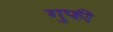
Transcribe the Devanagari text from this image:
गुफी